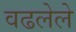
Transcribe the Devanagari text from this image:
वढलेले